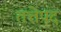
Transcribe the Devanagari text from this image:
तत्तेपद